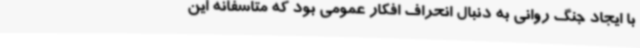
با ایجاد جنگ روانی به دنبال انحراف افکار عمومی بود که متاسفانه این